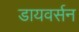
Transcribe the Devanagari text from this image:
डायवर्सन